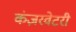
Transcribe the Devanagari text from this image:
कंज़रवेटरी